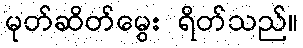
မုတ်ဆိတ်မွေး ရိတ်သည်။